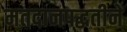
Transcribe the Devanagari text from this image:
मतदानपद्धतीने